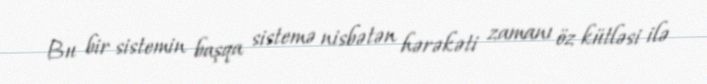
Bu bir sistemin başqa sistemə nisbətən hərəkəti zamanı öz kütləsi ilə